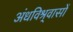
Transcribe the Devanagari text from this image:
अंधविश्र्वासों